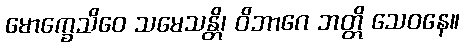
မောက္ခေသိဝေ သမေသန္တိ၊ ဝိဘာဂေ ဘတ္တိ သေဝနေ။